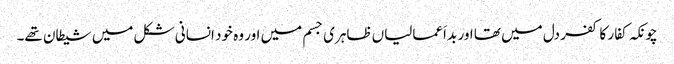
چونکہ کفار کا کفر دل میں تھا اور بد اَعمالیاں ظاہری جسم میں اور وہ خود انسانی شکل میں شیطان تھے۔